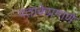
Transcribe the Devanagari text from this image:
पताकेप्रमाणे